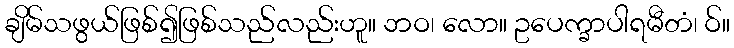
ချိမ်သဖွယ်ဖြစ်၍ဖြစ်သည်လည်းဟူ။ ဘဝ၊ လော။ ဥပေက္ခာပါရမီတံ၊ ဝ်။